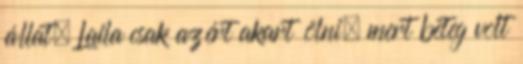
állat. Laila csak azért akart ölni, mert beteg volt